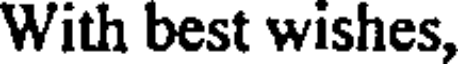
With best wishes,